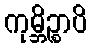
ကုမ္ဘိဉ္စာပိ